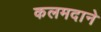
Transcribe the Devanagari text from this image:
कलमदाने